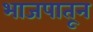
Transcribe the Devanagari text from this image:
भाजपातून